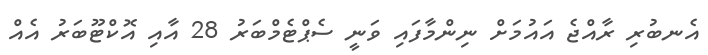
އެނބުރި ރާއްޖެ އައުމަށް ނިންމާފައި ވަނީ ސެޕްޓެމްބަރު 28 އާއި އޮކްޓޫބަރު އެއް